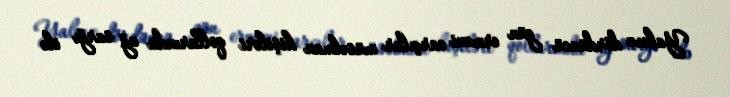
Yalnız dördüncü gün erməni carçılar müsəlman kişiləri qollarında ağ sarğı ilə